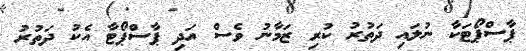
ޕާސްޕޯޓަކާ ނުލައި ދަތުރު ކުރި ޒަމާނު ވެސް އަދި ޕާސްޕޯޓާ އެކު ދަތުރު